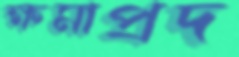
ক্ষমাপ্রদ